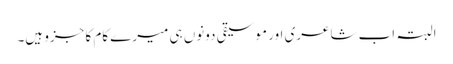
البتہ اب شاعری اور موسیقی دونوں ہی میرے کام کا جزو ہیں۔